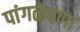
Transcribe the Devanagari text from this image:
पांगळेपणा